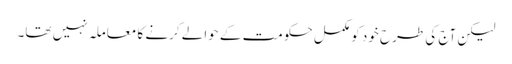
لیکن آج کی طرح خود کو مکمل حکومت کے حوالے کرنے کا معاملہ نہیں تھا۔